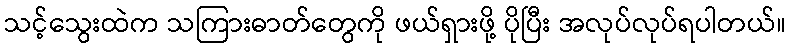
သင့်သွေးထဲက သကြားဓာတ်တွေကို ဖယ်ရှားဖို့ ပိုပြီး အလုပ်လုပ်ရပါတယ်။